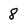
Character: 8